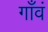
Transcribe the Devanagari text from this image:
गाँवं